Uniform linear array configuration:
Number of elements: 4
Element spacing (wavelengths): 0.25
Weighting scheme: uniform
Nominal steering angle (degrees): -30
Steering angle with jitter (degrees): -29.684
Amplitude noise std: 0.05
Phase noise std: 0.05

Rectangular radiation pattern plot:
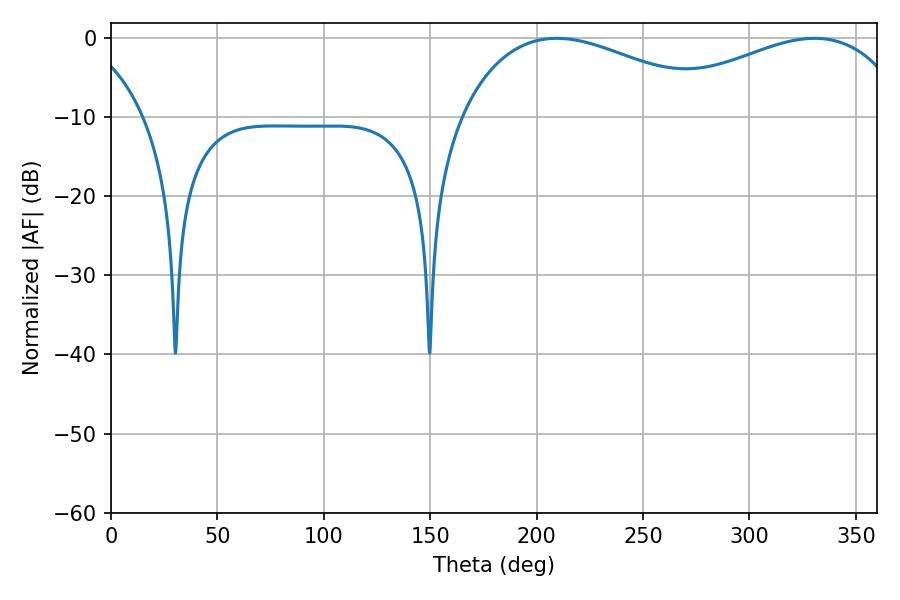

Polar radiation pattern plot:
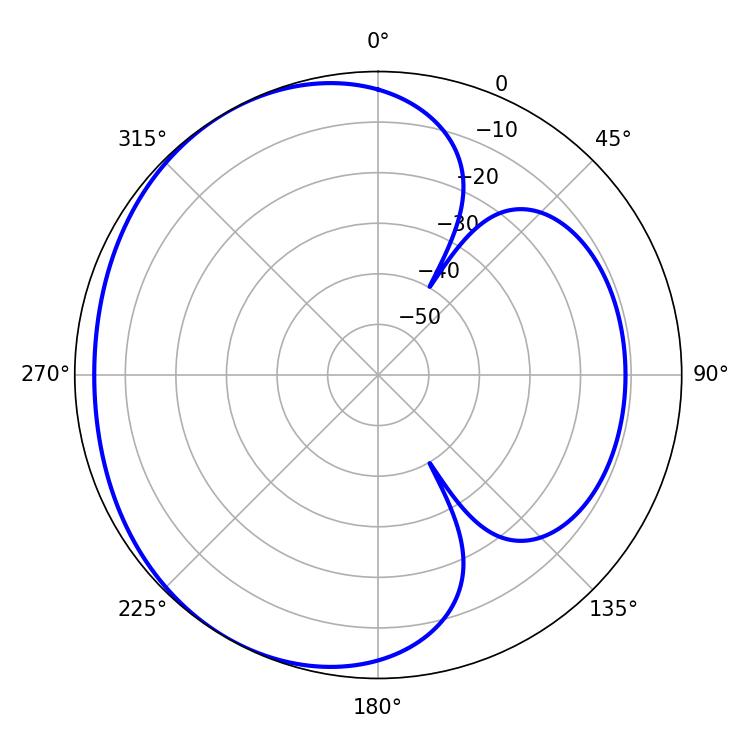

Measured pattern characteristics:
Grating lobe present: FALSE
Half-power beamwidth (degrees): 68.94
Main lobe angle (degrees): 209.52